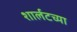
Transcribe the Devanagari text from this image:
शार्लटच्या